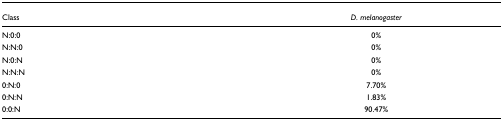
| Class | D. melanogaster |
 | --- | --- |
 | N:0:0 | 0% |
 | N:N:0 | 0% |
 | N:0:N | 0% |
 | N:N:N | 0% |
 | 0:N:0 | 7.70% |
 | 0:N:N | 1.83% |
 | 0:0:N | 90.47% |